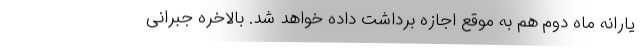
یارانه ماه دوم هم به موقع اجازه برداشت داده خواهد شد. بالاخره جبرانی